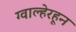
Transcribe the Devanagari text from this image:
ग्वाल्हेरहून